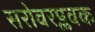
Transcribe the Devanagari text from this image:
सरोवरप्लवक